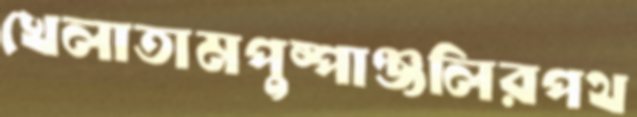
খেলাতামপুষ্পাঞ্জলিরপথ